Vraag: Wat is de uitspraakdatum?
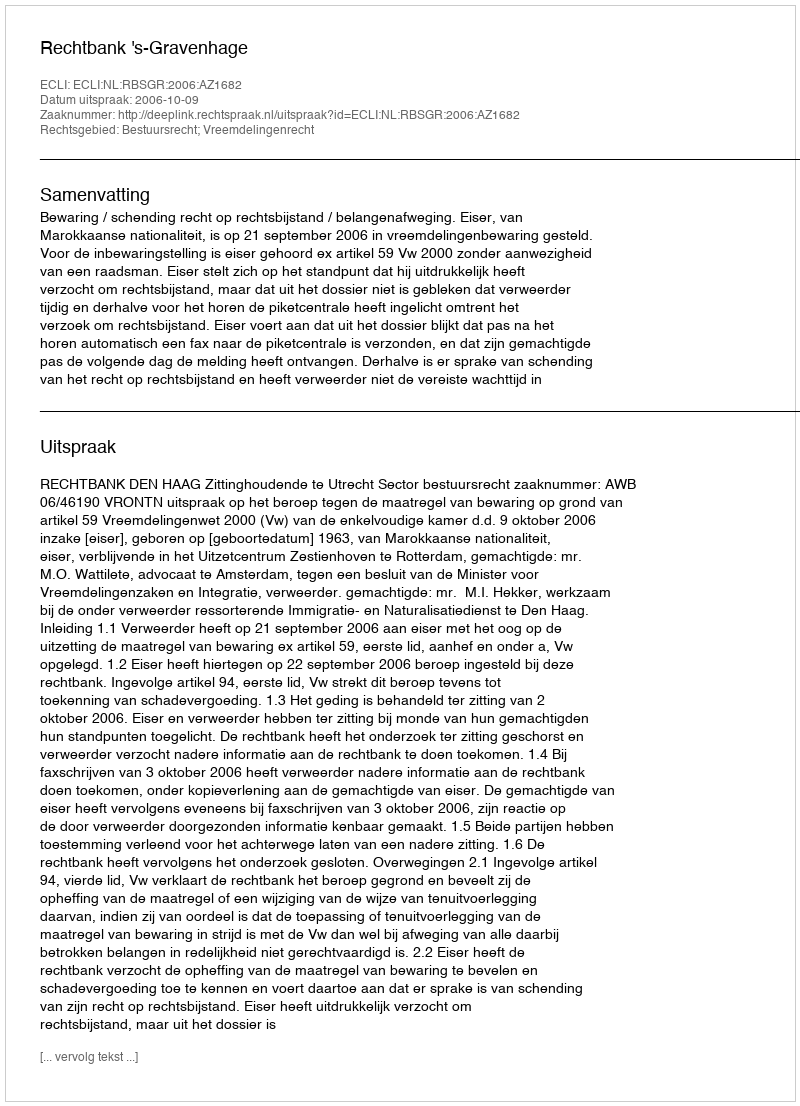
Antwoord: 2006-10-09